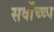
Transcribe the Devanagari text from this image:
सर्वोच्च्च